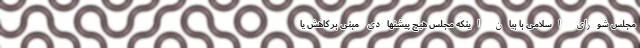
مجلس شورای اسلامی با بیان اینکه مجلس هیچ پیشنهادی مبنی بر کاهش یا